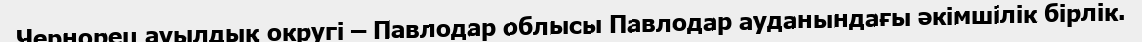
Чернорец ауылдық округі – Павлодар облысы Павлодар ауданындағы әкімшілік бірлік.